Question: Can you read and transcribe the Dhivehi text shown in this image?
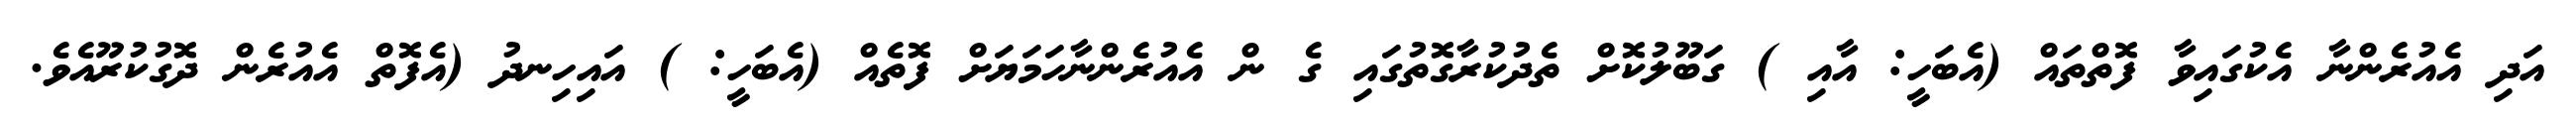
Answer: އަދި އެއުރެންނާ އެކުގައިވާ ފޮތްތައް (އެބަހީ: އާއި ) ގަބޫލުކޮށް ތެދުކުރާގޮތުގައި ގެ ން އެއުރެންނާހަމަޔަށް ފޮތެއް (އެބަހީ: ) އައިހިނދު (އެފޮތް އެއުރެން ދޮގުކުރޫއެވެ.